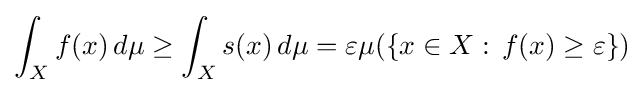
\int _{X}f(x)\,d\mu \geq \int _{X}s(x)\,d\mu =\varepsilon \mu (\{x\in X:\,f(x)\geq \varepsilon \})